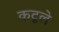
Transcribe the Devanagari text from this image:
कटूले